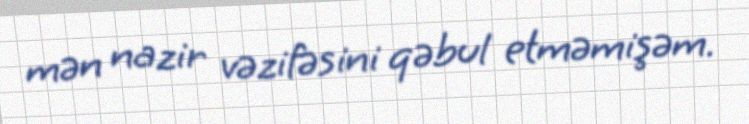
mən nazir vəzifəsini qəbul etməmişəm.